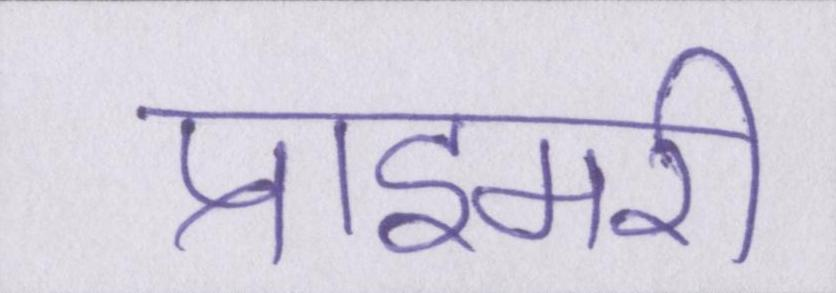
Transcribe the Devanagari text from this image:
प्राइमरी